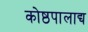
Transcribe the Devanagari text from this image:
कोष्ठपालाद्य